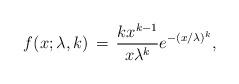
LaTeX: \begin{align*} f(x; \lambda, k) \,=\, \frac{kx^{k-1}}{x\lambda^k}e^{-(x/\lambda)^k}, \end{align*}